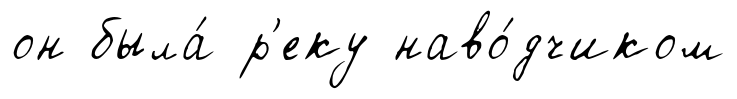
он была́ р'еку наво́дчиком